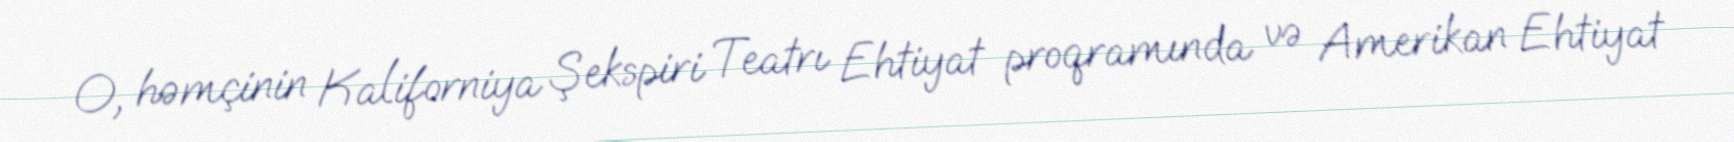
O, həmçinin Kaliforniya Şekspiri Teatrı Ehtiyat proqramında və Amerikan Ehtiyat